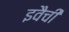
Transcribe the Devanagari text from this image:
इवैची